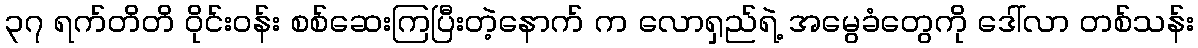
၃၇ ရက်တိတိ ဝိုင်းဝန်း စစ်ဆေးကြပြီးတဲ့နောက် က လောရှည်ရဲ့ အမွေခံတွေကို ဒေါ်လာ တစ်သန်း